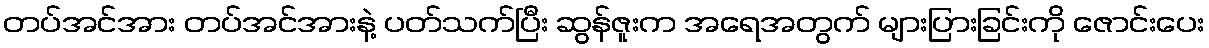
တပ်အင်အား တပ်အင်အားနဲ့ ပတ်သက်ပြီး ဆွန်ဇူးက အရေအတွက် များပြားခြင်းကို ဇောင်းပေး